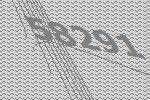
58291